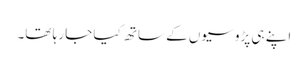
اپنے ہی پڑوسیوں کے ساتھ کیا جا رہا تھا۔